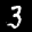
Label: 3